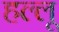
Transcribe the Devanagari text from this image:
हल्लू